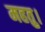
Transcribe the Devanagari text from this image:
महतु।